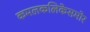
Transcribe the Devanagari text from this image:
कमलकलिकेसमोर